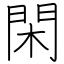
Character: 閑